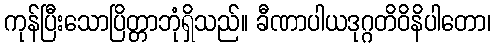
ကုန်ပြီးသောပြိတ္တာဘုံရှိသည်။ ခီဏာပါယဒုဂ္ဂတိဝိနိပါတော၊